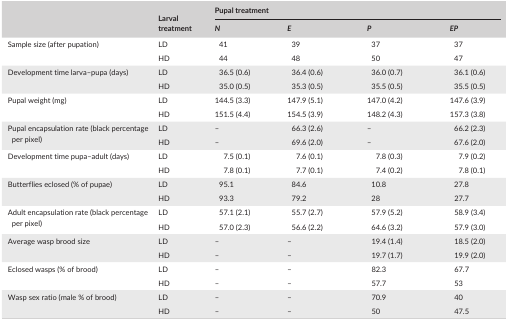
| <ROWSPAN=2>  | <ROWSPAN=2> Larval treatment | <COLSPAN=4> Pupal treatment |
 | N | E | P | EP |
 | --- | --- | --- | --- | --- | --- |
 | <ROWSPAN=2> Sample size (after pupation) | LD | 41 | 39 | 37 | 37 |
 | HD | 44 | 48 | 50 | 47 |
 | <ROWSPAN=2> Development time larva–pupa (days) | LD | 36.5 (0.6) | 36.4 (0.6) | 36.0 (0.7) | 36.1 (0.6) |
 | HD | 35.0 (0.5) | 35.3 (0.5) | 35.5 (0.5) | 35.5 (0.5) |
 | <ROWSPAN=2> Pupal weight (mg) | LD | 144.5 (3.3) | 147.9 (5.1) | 147.0 (4.2) | 147.6 (3.9) |
 | HD | 151.5 (4.4) | 154.5 (3.9) | 148.2 (4.3) | 157.3 (3.8) |
 | <ROWSPAN=2> Pupal encapsulation rate (black percentage per pixel) | LD | – | 66.3 (2.6) | – | 66.2 (2.3) |
 | HD | – | 69.6 (2.0) | – | 67.6 (2.0) |
 | <ROWSPAN=2> Development time pupa–adult (days) | LD | 7.5 (0.1) | 7.6 (0.1) | 7.8 (0.3) | 7.9 (0.2) |
 | HD | 7.8 (0.1) | 7.7 (0.1) | 7.4 (0.2) | 7.8 (0.1) |
 | <ROWSPAN=2> Butterflies eclosed (% of pupae) | LD | 95.1 | 84.6 | 10.8 | 27.8 |
 | HD | 93.3 | 79.2 | 28 | 27.7 |
 | <ROWSPAN=2> Adult encapsulation rate (black percentage per pixel) | LD | 57.1 (2.1) | 55.7 (2.7) | 57.9 (5.2) | 58.9 (3.4) |
 | HD | 57.0 (2.3) | 56.6 (2.2) | 64.6 (3.2) | 57.9 (3.0) |
 | <ROWSPAN=2> Average wasp brood size | LD | – | – | 19.4 (1.4) | 18.5 (2.0) |
 | HD | – | – | 19.7 (1.7) | 19.9 (2.0) |
 | <ROWSPAN=2> Eclosed wasps (% of brood) | LD | – | – | 82.3 | 67.7 |
 | HD | – | – | 57.7 | 53 |
 | <ROWSPAN=2> Wasp sex ratio (male % of brood) | LD | – | – | 70.9 | 40 |
 | HD | – | – | 50 | 47.5 |